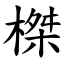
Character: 榤